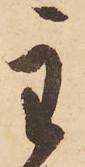
主